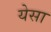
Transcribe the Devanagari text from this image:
येसा